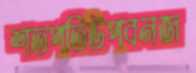
শতপতিউপবনজ